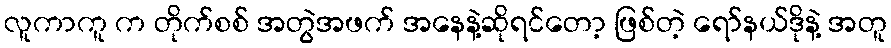
လူကာကူ က တိုက်စစ် အတွဲအဖက် အနေနဲ့ဆိုရင်တော့ ဖြစ်တဲ့ ရော်နယ်ဒိုနဲ့ အတူ